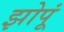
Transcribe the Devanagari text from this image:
झोपूं